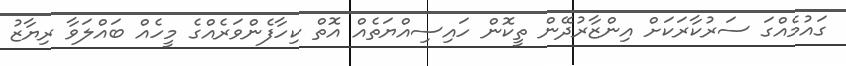
ގައުމެއްގަ ސަރުކާރަކަށް އިންޒާރުދޭން ތީކޮން ހައިސިއްޔަތެއް އޮތް ކިހާފެންވަރެއްގެ މީހެއް ބައްލަވާ ރިޔާޒު